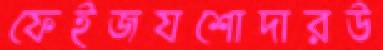
ফেইজযশোদারউ